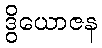
ဒွိယောဇန